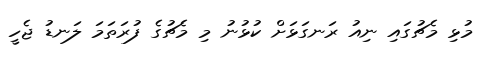
މުޅި މެޗުގައި ނިއު ރަނގަޅަށް ކުޅުނު މި މެޗުގެ ފުރަތަމަ ލަނޑު ޖެހީ